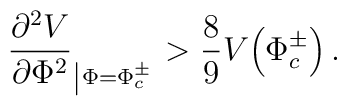
\frac{\partial^2 V}{\partial \Phi^2}_{\left| \Phi = \Phi_c    ^\pm\right. } > \frac{8}{9} V\!\left( \Phi_c ^\pm\right) .